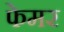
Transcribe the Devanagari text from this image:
फेमर